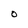
Character: O